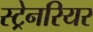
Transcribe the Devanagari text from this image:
स्ट्रेनरियर